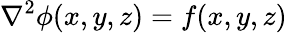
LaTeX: \nabla^{2}\phi(x,y,z)=f(x,y,z)